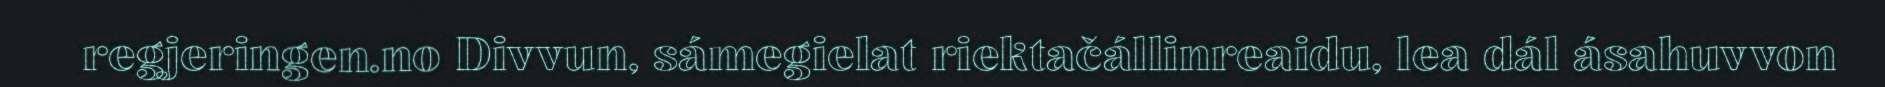
regjeringen.no Divvun, sámegielat riektačállinreaidu, lea dál ásahuvvon